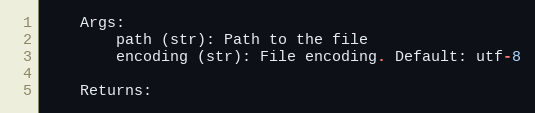
Language: Python
    Args:
        path (str): Path to the file
        encoding (str): File encoding. Default: utf-8

    Returns: